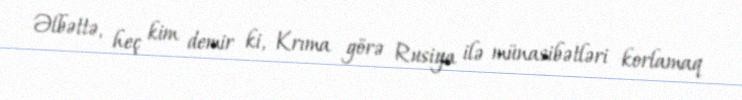
Əlbəttə, heç kim demir ki, Krıma görə Rusiya ilə münasibətləri korlamaq